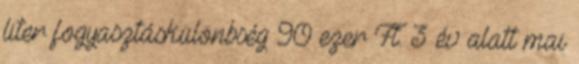
liter fogyasztáskülönbség 90 ezer Ft. 3 év alatt mai